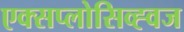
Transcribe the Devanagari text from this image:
एक्सप्लोसिव्ह्वज